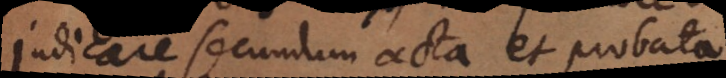
judicare secundum acta et probata.